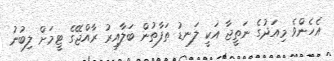
އެހެންވެ މިއަދުގެ ނަތީޖާ އަކީ ލަނޑު ތަފާތުން ބަލާއިރު ރާއްޖޭގެ ޓީމަށް ލިބުނު